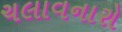
ચલાવનારો